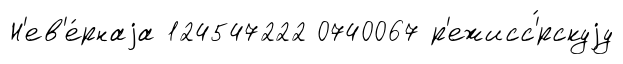
Н'ев'е́рнаjа 124547222 0740067 р'ежисс'́рскуjу